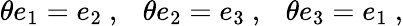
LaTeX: \theta e_{1}=e_{2}~,~~~\theta e_{2}=e_{3}~,~~~\theta e_{3}=e_{1}~,